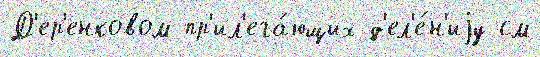
Д'ер'енковом пр'ил'ега́ющих д'ел'е́н'иjу см